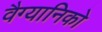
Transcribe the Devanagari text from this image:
वैग्यानिको